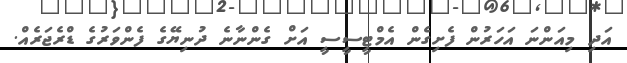
އަދި މިއަންނަ އަހަރުން ފެށިގެން އެމްޓީސީސީ އަށް ގެންނާނެ ދުނިޔޭގެ ފެންވަރުގެ ޑްރެޖަރެއް.